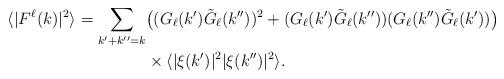
LaTeX: \begin{align*}\langle|F^\ell(k)|^2\rangle=\sum_{k'+k''=k}&\big((G_\ell(k')\tilde G_\ell(k''))^2+(G_\ell(k')\tilde G_\ell(k''))(G_\ell(k'')\tilde G_\ell(k'))\big)\\&\times\langle|\xi(k')|^2|\xi(k'')|^2\rangle.\end{align*}